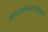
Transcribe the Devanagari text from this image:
मधमाश्यांमध्ये